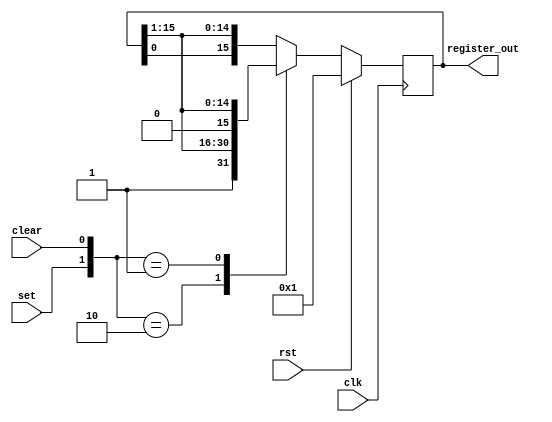
module loop_register #(
	parameter WIDTH=16
)(
	input clk, 
	input rst,
	input set,
	input clear, 
	output [WIDTH-1:0] register_out
);

// Creates a shift register that loops back on itself, 
// with the option to set or clear the input bit.
reg [WIDTH-1:0] internal_register;
always @(posedge clk) begin
	if (rst) begin
		internal_register <= {{WIDTH-1{1'b0}}, 1}; // copy WIDTH-1 times zeroes, concat 1
	end
	else begin
		case ({set, clear})
			2'b10: internal_register = {1'b1, internal_register[WIDTH-1:1]};
			2'b01: internal_register = {1'b0, internal_register[WIDTH-1:1]};
			// else loop around
			default: internal_register = {internal_register[0], internal_register[WIDTH-1:1]};
		endcase
	end
end

assign register_out = internal_register;

endmodule